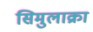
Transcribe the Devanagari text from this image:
सिमुलाक्रा